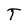
Character: T